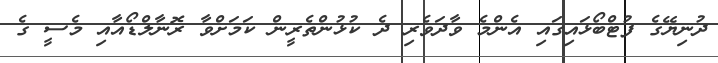
ދުނިޔޭގެ ފުޓްބޯޅައިގައި އެންމެ ވާދަވެރި ދެ ކުޅުންތެރީން ކަމަށްވާ ރޮނާލްޑޯއާއި މެސީ ގެ